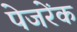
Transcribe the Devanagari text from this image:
पेजरेंक